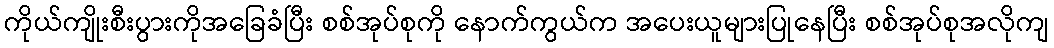
ကိုယ်ကျိုးစီးပွားကိုအခြေခံပြီး စစ်အုပ်စုကို နောက်ကွယ်က အပေးယူများပြုနေပြီး စစ်အုပ်စုအလိုကျ